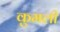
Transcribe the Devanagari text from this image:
कुमली